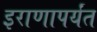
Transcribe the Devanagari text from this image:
इराणापर्यंत